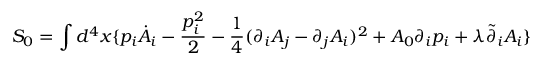
S _ { 0 } = \int d ^ { 4 } x \{ p _ { i } \dot { A } _ { i } - \frac { p _ { i } ^ { 2 } } { 2 } - \frac { 1 } { 4 } ( \partial _ { i } A _ { j } - \partial _ { j } A _ { i } ) ^ { 2 } + A _ { 0 } \partial _ { i } p _ { i } + \lambda \tilde { \partial } _ { i } A _ { i } \}